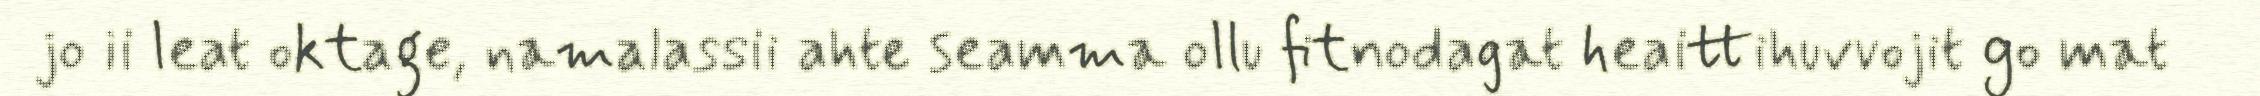
jo ii leat oktage, namalassii ahte seamma ollu fitnodagat heaittihuvvojit go mat